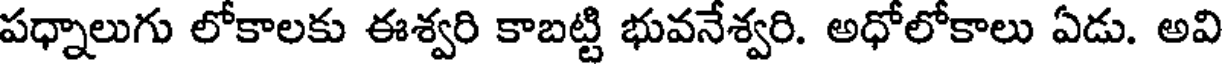
పధ్నాలుగు లోకాలకు ఈశ్వరి కాబట్టి భువనేశ్వరి. అధోలోకాలు ఏడు. అవి